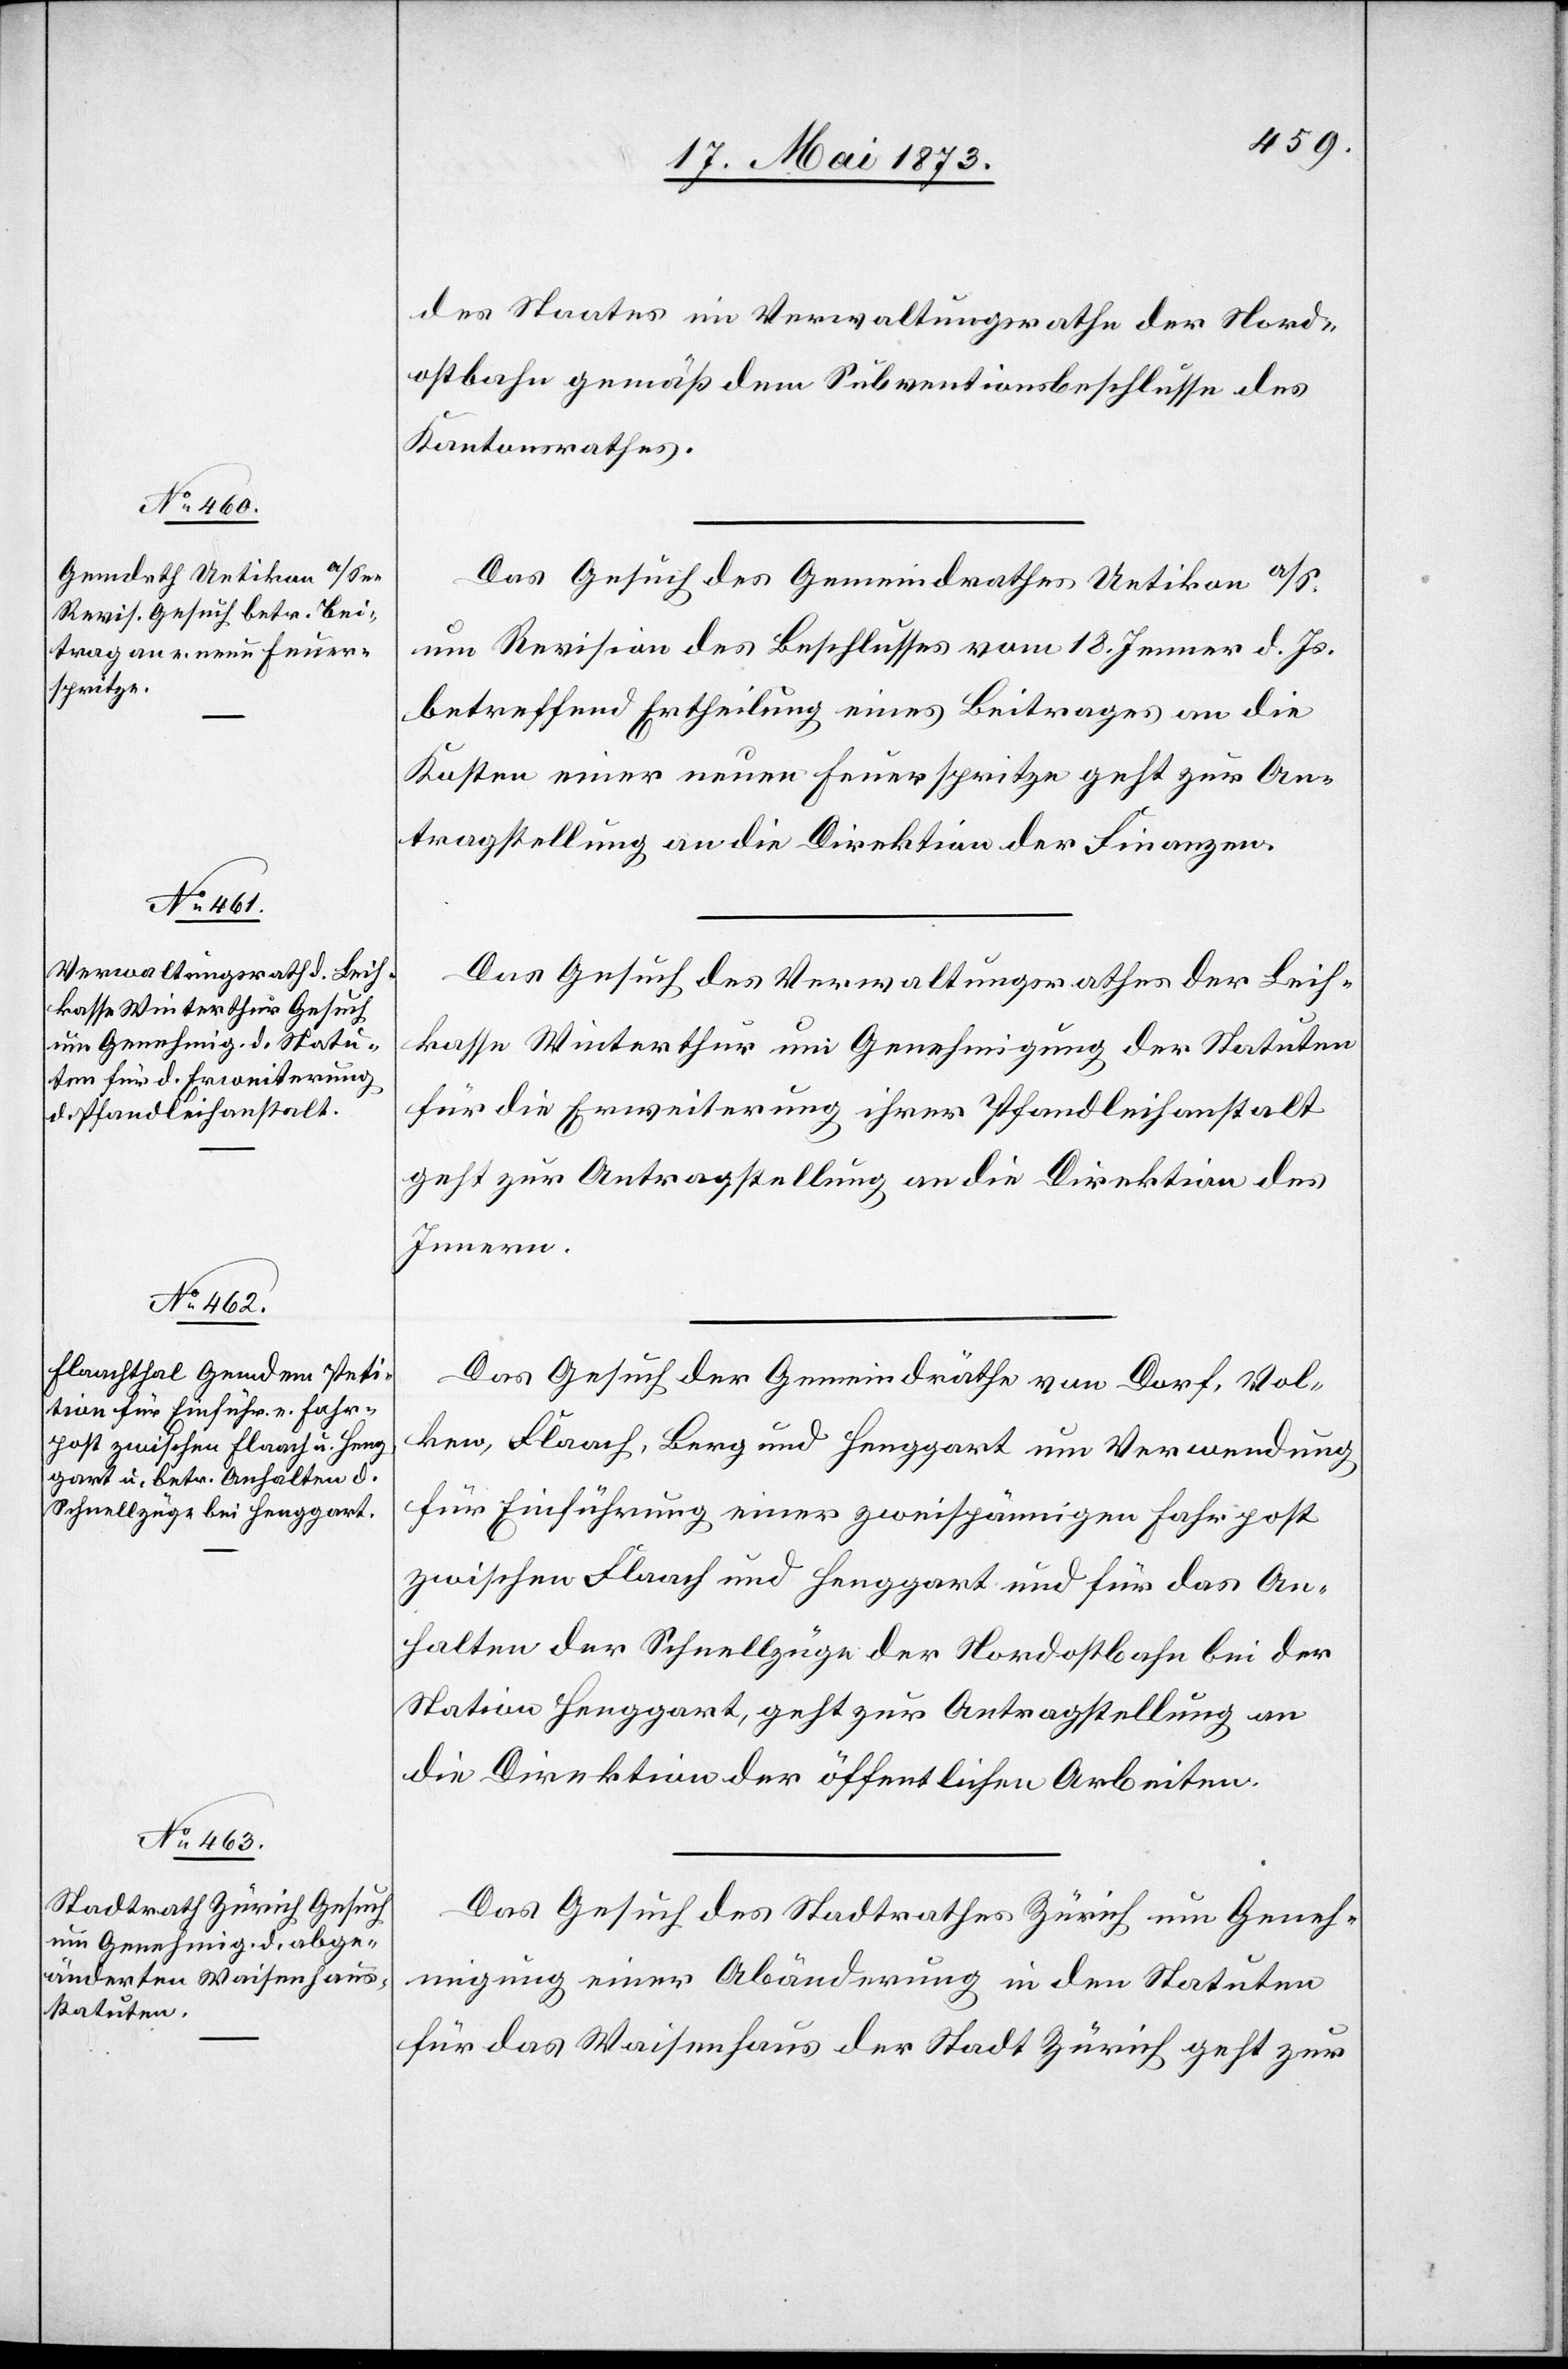
23. Mai 1873]
des Staates im Verwaltungsrathe der Nord¬
ostbahn gemäß dem Subventionsbeschlusse des
Kantonsrathes.
Das Gesuch des Gemeindrathes Uetikon a/S.
um Revision des Beschlusses vom 18. Jenner d. Js.
betreffend Ertheilung eines Beitrages an die
Kosten einer neuen Feuerspritze geht zur An¬
tragstellung an die Direktion der Finanzen.
Das Gesuch des Verwaltungsrathes der Leih¬
kasse Winterthur um Genehmigung der Statuten
für die Erweiterung ihrer Pfandleihanstalt
geht zur Antragstellung an die Direktion des
Innern.
Das Gesuch der Gemeindräthe von Dorf, Vol¬
ken, Flaach, Berg und Henggart um Verwendung
für Einführung einer zweispännigen Fahrpost
zwischen Flaach und Henggart und für das An¬
halten der Schnellzüge der Nordostbahn bei der
Station Henggart, geht zur Antragstellung an
die Direktion der öffentlichen Arbeiten.
Das Gesuch des Stadtrathes Zürich um Geneh¬
migung einer Abänderung in den Statuten
für das Waisenhaus der Stadt Zürich geht zur